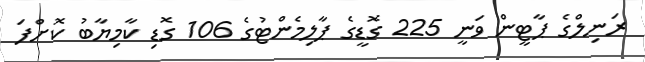
ރަނިލްގެ ޕާޓީން ވަނީ 225 ގޮޑީގެ ޕާލިމެންޓުގެ 106 ގޮޑި ކާމިޔާބު ކޮށްފަ